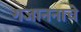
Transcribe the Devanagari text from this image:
गजाननाचे